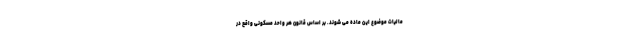
مالیات موضوع این ماده می شوند. بر اساس قانون هر واحد مسکونی واقع در